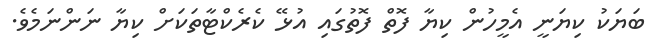
ބަޔަކު ކިޔަނީ އެމީހުން ކިޔާ ފޮތް ފޮތުގައި އުޅޭ ކެރެކްޓާތަކަށް ކިޔާ ނަންނަމެވެ.